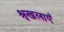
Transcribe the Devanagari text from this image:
श्रृखलाएँ